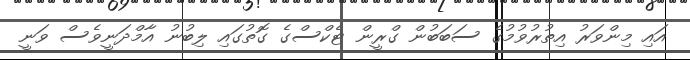
އައި މިންވަރު އިތުރުވުމުގެ ސަބަބުން ގްރީން ޓެކްސްގެ ގޮތުގައި ލިބުނު އާމްދަނީވެސް ވަނީ